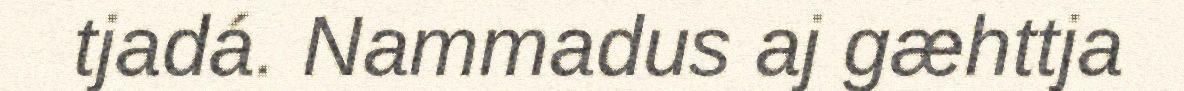
tjadá. Nammadus aj gæhttja